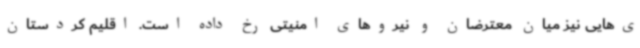
ی‌هایی نیز میان معترضان و نیروهای امنیتی رخ داده است. اقلیم کردستان